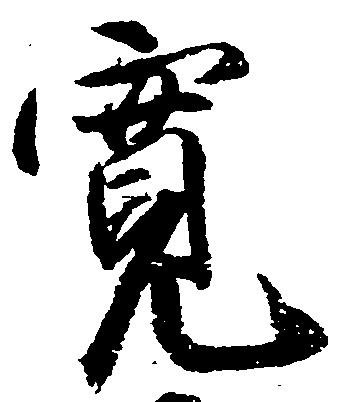
寛